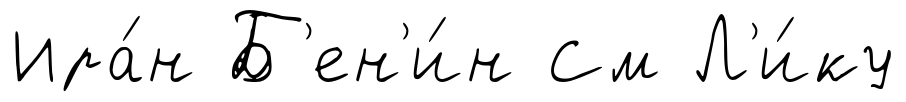
Ира́н Б'ен'и́н См Л'и́ку